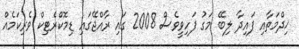
ޚިދްމަތާއި ފައިދާ ލިބޭ މަގު ފަހިވީވެސް 2008 ގައި ރާއްޖޭގައި ޑިމޮކްރެޓިކް ވެރިކަމެއް